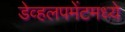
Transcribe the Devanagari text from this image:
डेव्हलपमेंटमध्ये